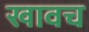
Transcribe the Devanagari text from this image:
खावच